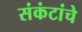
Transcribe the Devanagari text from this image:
संकंटांचे